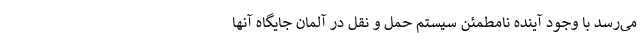
می‌رسد با وجود آینده نامطمئن سیستم حمل و نقل در آلمان جایگاه آنها